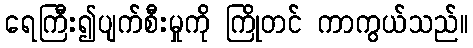
ရေကြီး၍ပျက်စီးမှုကို ကြိုတင် ကာကွယ်သည်။